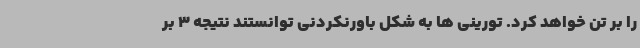
را بر تن خواهد کرد. تورینی ها به شکل باورنکردنی توانستند نتیجه 3 بر